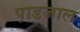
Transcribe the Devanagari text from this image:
पाडजाल